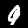
Label: 9